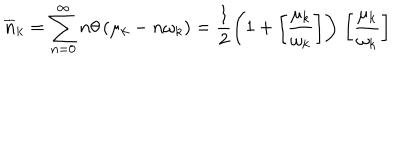
LaTeX: \overline { { { n } } } _ { k } = \sum _ { n = 0 } ^ { \infty } n \theta \left( \mu _ { k } - n \omega _ { k } \right) = \frac { 1 } { 2 } \left( 1 + \left[ \frac { \mu _ { k } } { \omega _ { k } } \right] \right) \, \left[ \frac { \mu _ { k } } { \omega _ { k } } \right] \,